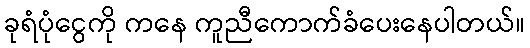
ခုရံပုံငွေကို ကနေ ကူညီကောက်ခံပေးနေပါတယ်။